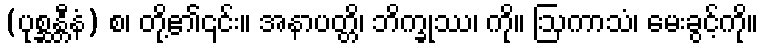
(ပုစ္ဆန္တီနံ) စ၊ တို့၏၎င်း။ အနာပတ္တိ၊ ဘိက္ခုဿ၊ ကို။ ဩကာသံ၊ မေးခွင့်ကို။